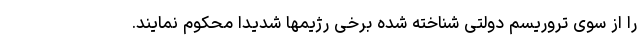
را از سوی تروریسم دولتی شناخته شده برخی رژیمها شدیداً محکوم نمایند.